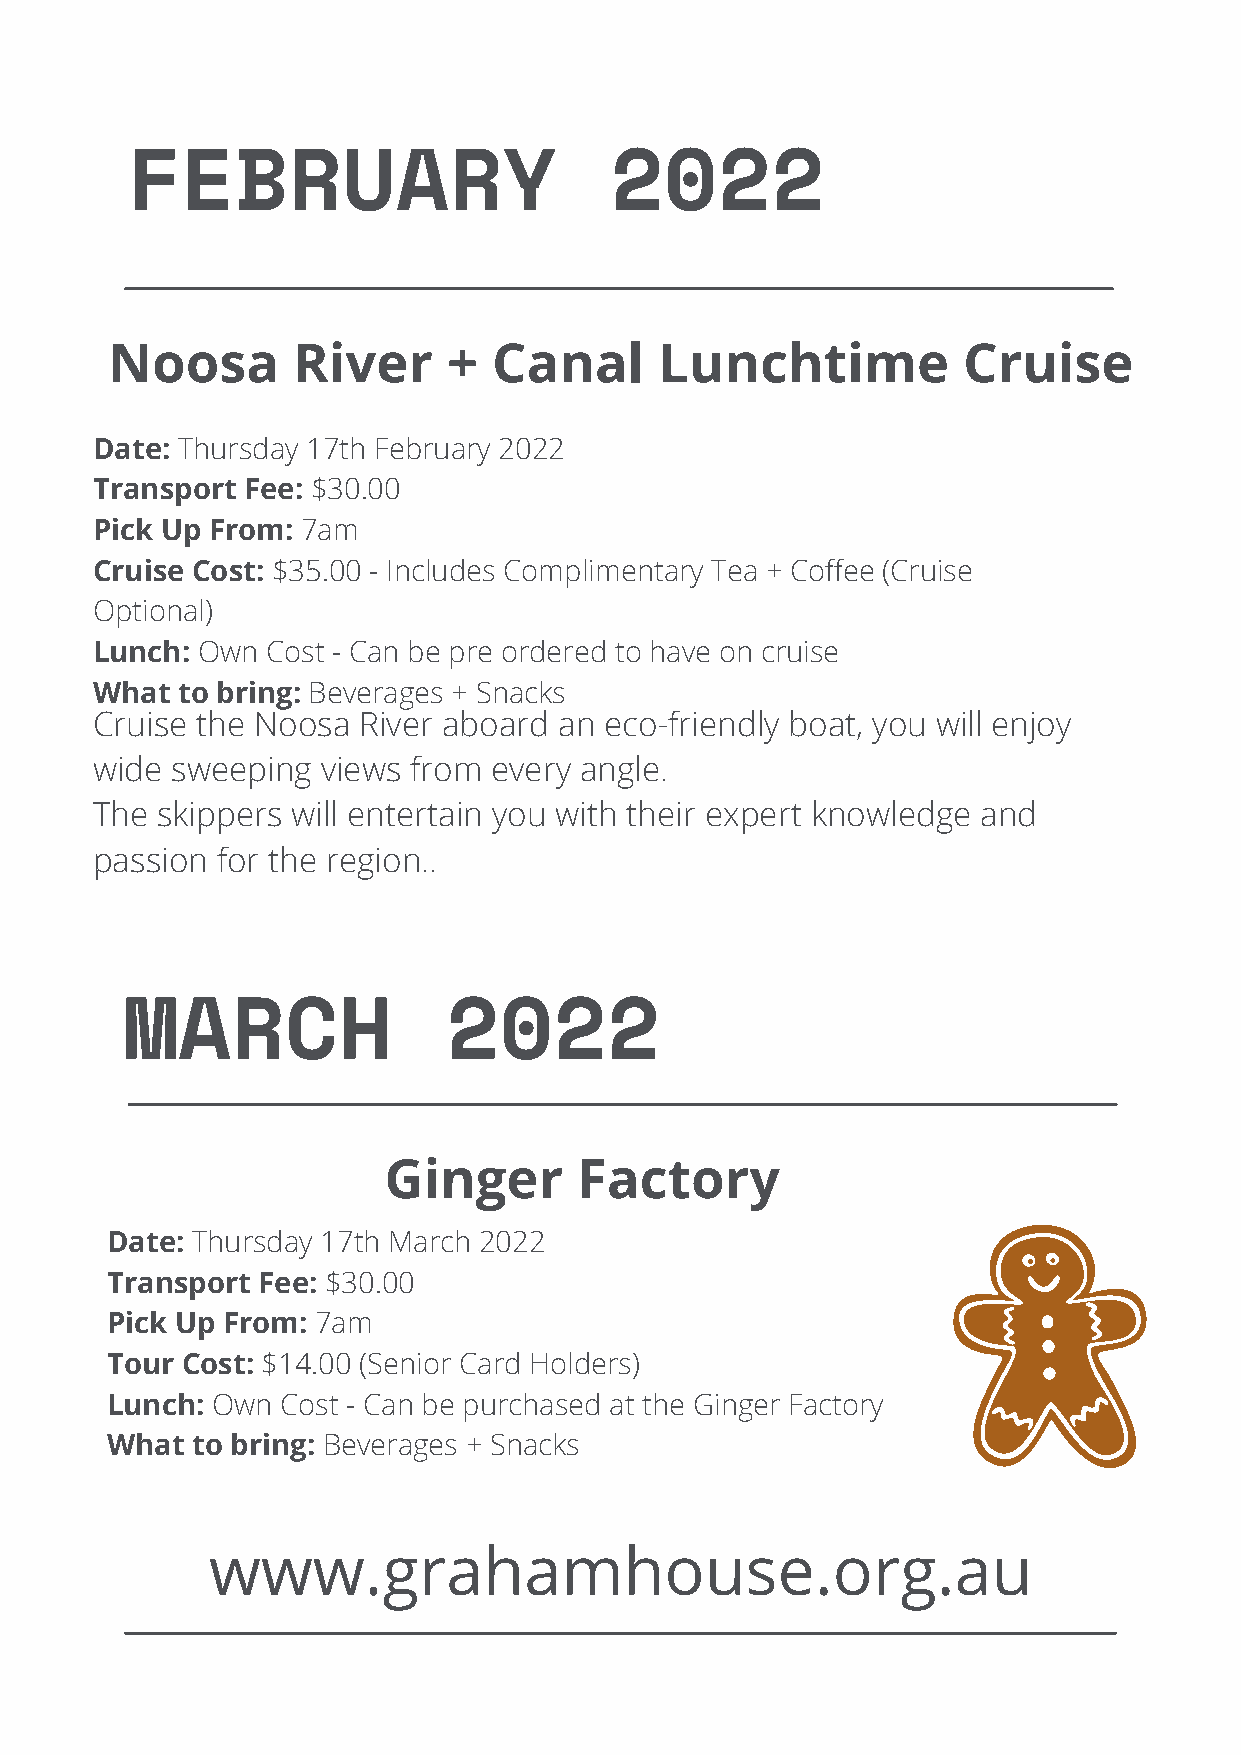
FEBRUARY                        2022
 Noosa       River      +  Canal      Lunchtime           Cruise
 Date: Thursday 17th February 2022
 Transport Fee: $30.00
 Pick Up From: 7am
 Cruise Cost: $35.00 - Includes Complimentary Tea + Coffee (Cruise
 Optional)
 Lunch: Own  Cost - Can be pre ordered to have on cruise
 What  to bring: Beverages + Snacks
 Cruise the Noosa  River aboard an eco-friendly boat, you will enjoy
 wide sweeping  views from every angle.
 The skippers will entertain you with their expert knowledge and
 passion for the region..
 MARCH                 2022
 Ginger       Factory
 Date: Thursday 17th March 2022
 Transport Fee: $30.00
 Pick Up From: 7am
 Tour Cost: $14.00 (Senior Card Holders)
 Lunch: Own  Cost - Can be purchased at the Ginger Factory
 What  to bring: Beverages + Snacks
 www.grahamhouse.org.au